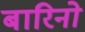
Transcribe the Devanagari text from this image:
बारिनो